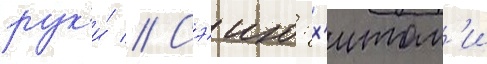
рук'и́ // Сэию: х'итом'и